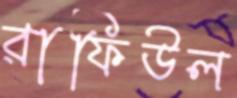
রাফিউল